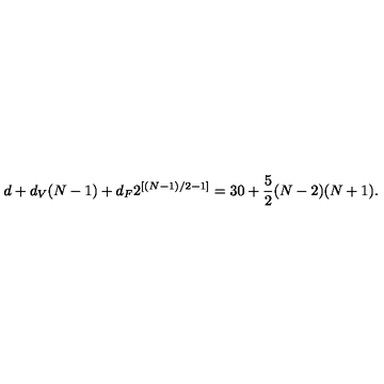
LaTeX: d + d _ { V } ( N - 1 ) + d _ { F } 2 ^ { [ ( N - 1 ) / 2 - 1 ] } = 3 0 + \frac { 5 } { 2 } ( N - 2 ) ( N + 1 ) .